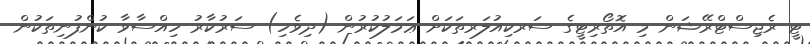
ޓީ ރެޖިސްޓްރޭޝަން މި އޮތޯރިޓީގެ ސަރކިއުލަރތަކަށް ޢަމަލުކުރުން (ދިވެހި) ސަރުކާރު ހިއްސާވާ ކުންފުނިތަކުން